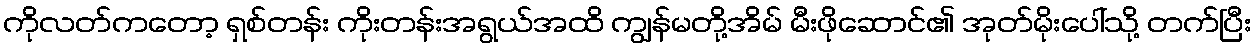
ကိုလတ်ကတော့ ရှစ်တန်း ကိုးတန်းအရွယ်အထိ ကျွန်မတို့အိမ် မီးဖိုဆောင်၏ အုတ်မိုးပေါ်သို့ တက်ပြီး